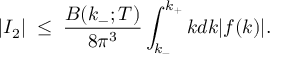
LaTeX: \left| I _ { 2 } \right| \; \le \; { \frac { B ( k _ { - } ; T ) } { 8 \pi ^ { 3 } } } \int _ { k _ { - } } ^ { k _ { + } } k d k | f ( k ) | .